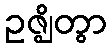
ဥဇ္ဈိတွာ